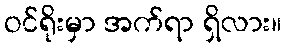
ဝင်ရိုးမှာ အက်ရာ ရှိလား။